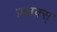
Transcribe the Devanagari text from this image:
फ़्लक्स्